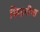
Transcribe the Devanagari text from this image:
किडनीचा